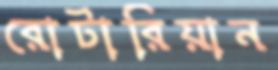
রোটারিয়ান